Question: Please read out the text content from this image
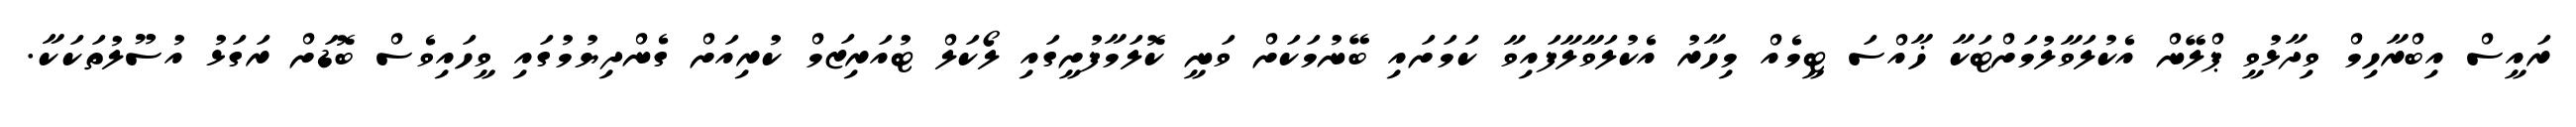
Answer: ރައީސް އިބްރާހިމް ވިދާޅުވީ ޕްލޭން އެކުލަވާލުމަށްޓަކާ ޚާއްސަ ޓީމެއް މިހާރު އެކުލަވާލާފައިވާ ކަމަށައި ބޭނުމަކަށް ވަނީ ކޮލަމާފުށީގައި ލޯކަލް ޓުއަރިޒަމް ކުރިއަށް ގެންދިޔުމުގައި ވީހައިވެސް ބޮޑަށް ރަގަޅު އުސޫލުތަކަކާ.